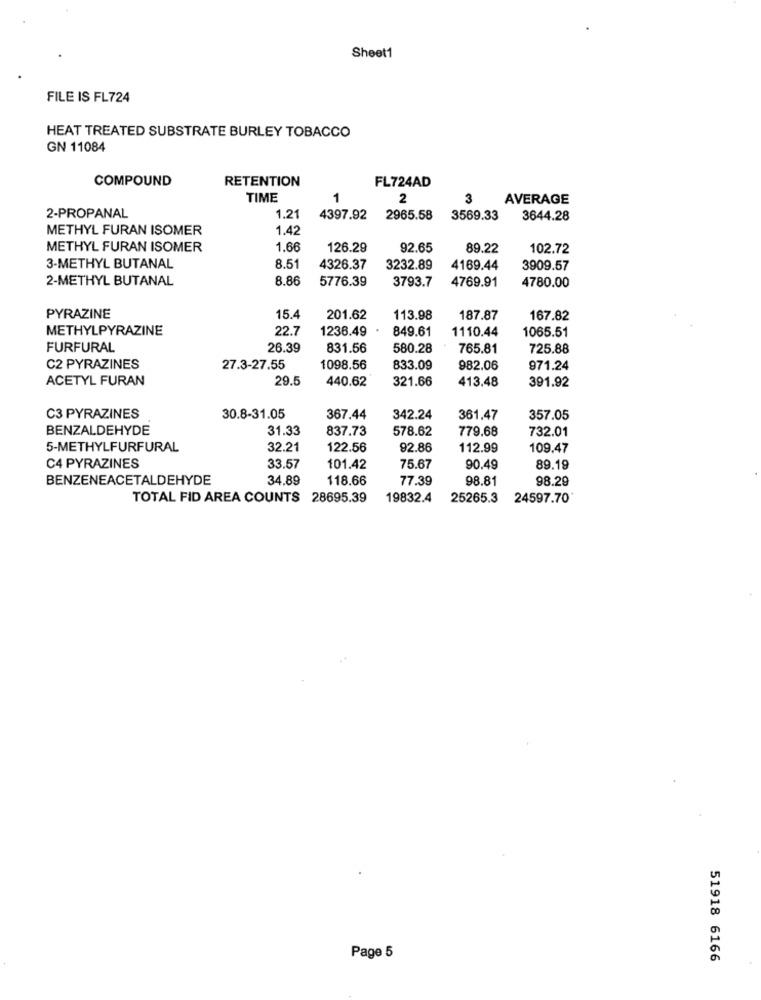
Sheet1
FILE IS FL724
HEAT TREATED SUBSTRATE BURLEY TOBACCO
GN 11084
COMPOUND
RETENTION
FL724AD
TIME
2
3
AVERAGE
2-PROPANAL
1.21
4397.92
2965.58
3569.33
3644.28
METHYL FURAN ISOMER
1.42
METHYL FURAN ISOMER
1.66
126.29
92.65
89.22
102.72
3-METHYL BUTANAL
8.51
4326.37
3232.89
4169.44
3909.57
2-METHYL BUTANAL
8.86
5776.39
3793.7
4769.91
4780.00
PYRAZINE
15.4
201.62
113.98
187.87
167.82
METHYLPYRAZINE
22.7
1236.49
1065.51
849.61
1110.44
FURFURAL
26.39
831.56
580.28
765.81
725.88
C2 PYRAZINES
27.3-27.55
1098.56
833.09
982.06
971.24
ACETYL FURAN
29.5
440.62
321.66
413.48
391.92
C3 PYRAZINES
30.8-31.05
367.44
342.24
361.47
357.05
BENZALDEHYDE
31.33
837.73
578.62
779.68
732.01
5-METHYLFURFURAL
32.21
122.56
92.86
112.99
109.47
C4 PYRAZINES
33.57
101.42
75.67
90.49
89.19
BENZENEACETALDEHYDE
34.89
118.66
77.39
98.81
98.29
TOTAL FID AREA COUNTS 28695.39
19832.4
25265.3
24597.70
Page 5
51918 6166